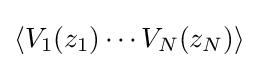
\left\langle V_{1}(z_{1})\cdots V_{N}(z_{N})\right\rangle